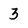
Character: 3